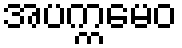
အပက္ကမေဝ